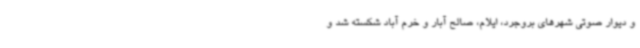
و دیوار صوتی شهرهای بروجرد، ایلام، صالح آبار و خرم آباد شکسته شد و